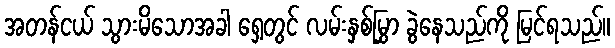
အတန်ငယ် သွားမိသောအခါ ရှေ့တွင် လမ်းနှစ်မြွှာ ခွဲနေသည်ကို မြင်ရသည်။